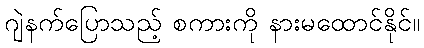
ဂျဲနက်ပြောသည့် စကားကို နားမထောင်နိုင်။